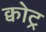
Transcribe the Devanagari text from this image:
क्वोट्र